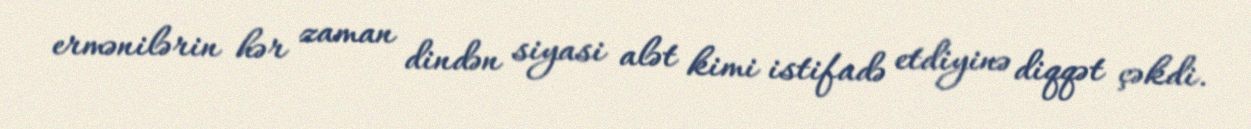
ermənilərin hər zaman dindən siyasi alət kimi istifadə etdiyinə diqqət çəkdi.